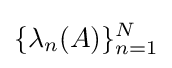
\{\lambda _{n}(A)\}_{n=1}^{N}